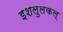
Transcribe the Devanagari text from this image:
इशलुलकल्